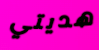
هديتي